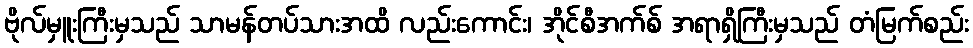
ဗိုလ်မှူးကြီးမှသည် သာမန်တပ်သားအထိ လည်းကောင်း၊ အိုင်စီအက်စ် အရာရှိကြီးမှသည် တံမြက်စည်း